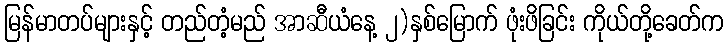
မြန်မာတပ်များနှင့် တည်တံ့မည် အာဆီယံနေ့ ၂)နှစ်မြောက် ဖုံးဖိခြင်း ကိုယ်တို့ခေတ်က